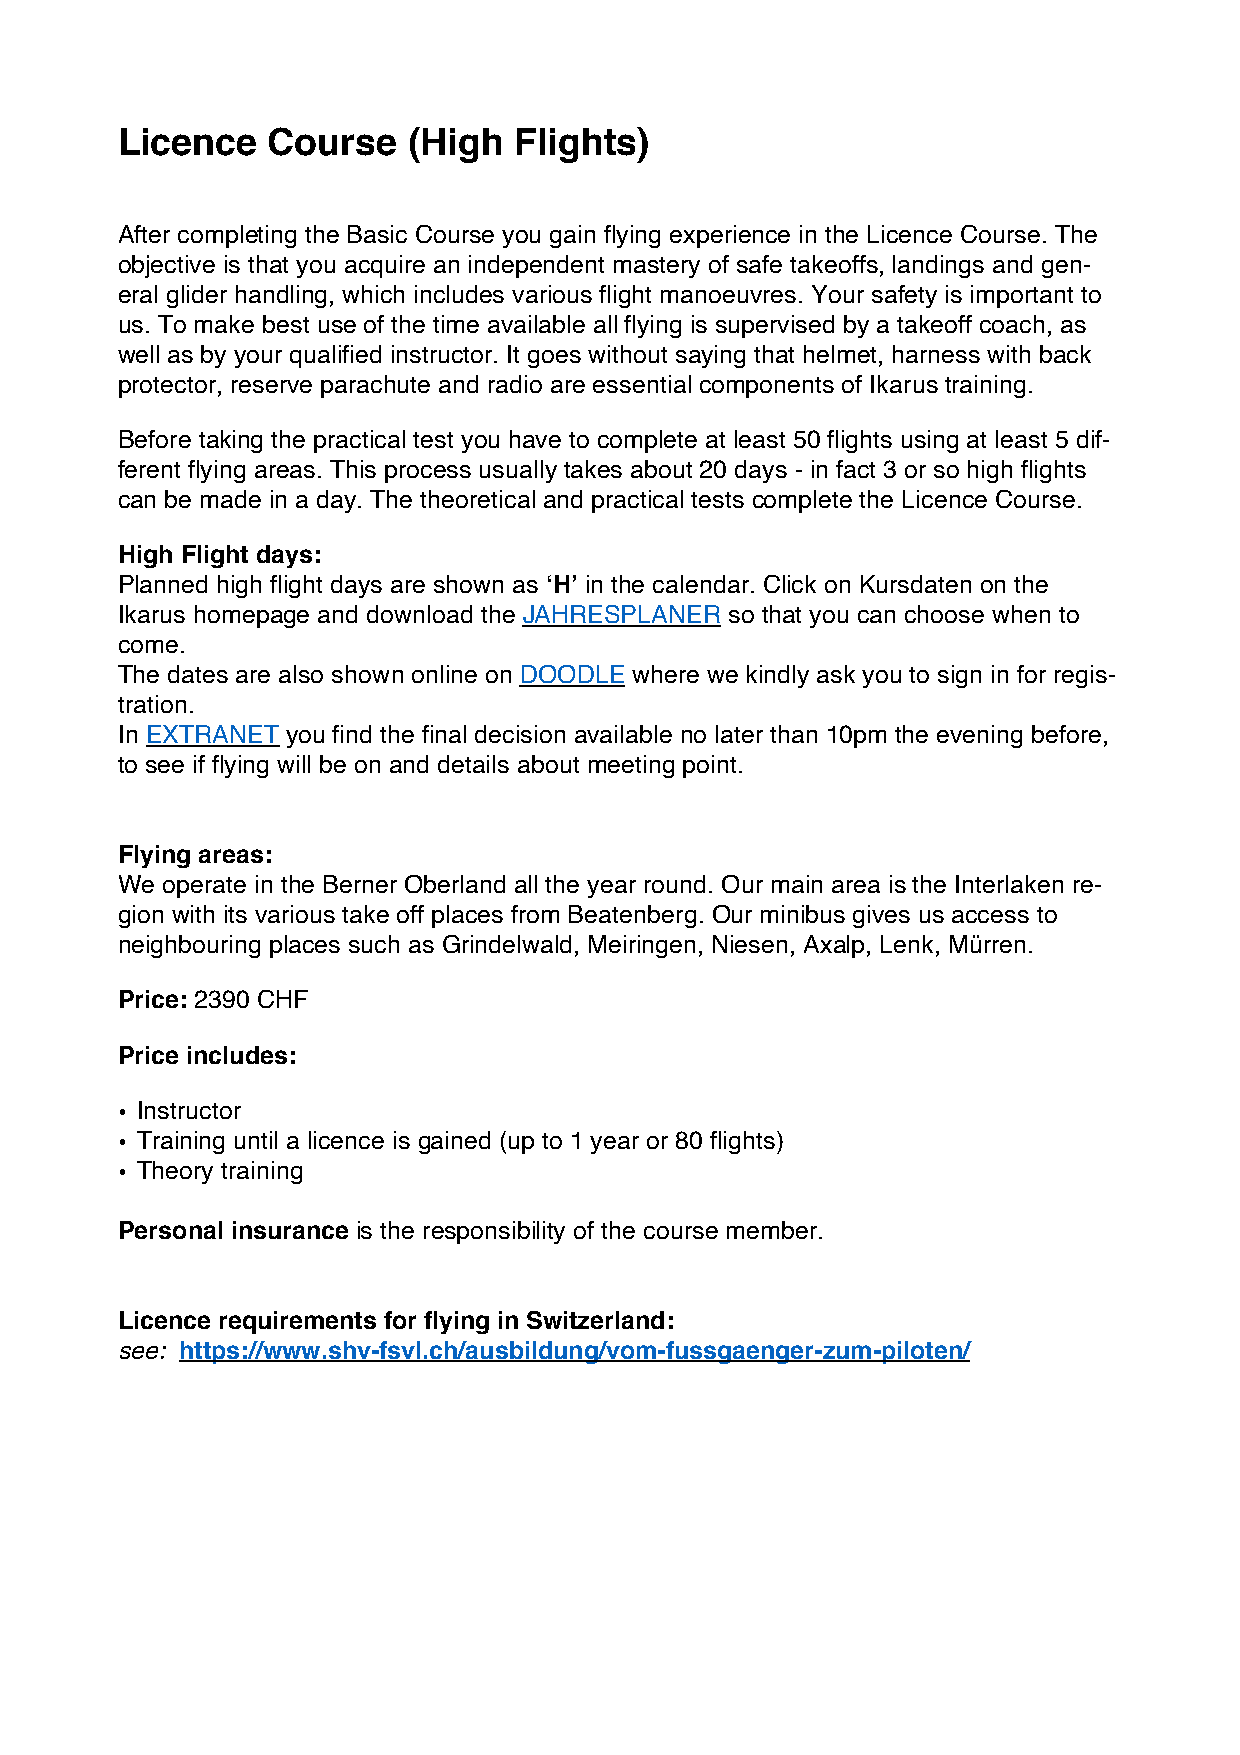
Licence   Course   (High  Flights)
 After completing the Basic Course you gain flying experience in the Licence Course. The
 objective is that you acquire an independent mastery of safe takeoffs, landings and gen-
 eral glider handling, which includes various flight manoeuvres. Your safety is important to
 us. To make best use of the time available all flying is supervised by a takeoff coach, as
 well as by your qualified instructor. It goes without saying that helmet, harness with back
 protector, reserve parachute and radio are essential components of Ikarus training.
 Before taking the practical test you have to complete at least 50 flights using at least 5 dif-
 ferent flying areas. This process usually takes about 20 days - in fact 3 or so high flights
 can be made in a day. The theoretical and practical tests complete the Licence Course.
 High Flight days:
 Planned high flight days are shown as ‘H’ in the calendar. Click on Kursdaten on the
 Ikarus homepage and download the JAHRESPLANER so that you can choose when to
 come.
 The dates are also shown online on DOODLE where we kindly ask you to sign in for regis-
 tration.
 In EXTRANET you find the final decision available no later than 10pm the evening before,
 to see if flying will be on and details about meeting point.
 Flying areas:
 We operate in the Berner Oberland all the year round. Our main area is the Interlaken re-
 gion with its various take off places from Beatenberg. Our minibus gives us access to
 neighbouring places such as Grindelwald, Meiringen, Niesen, Axalp, Lenk, Mürren.
 Price: 2390 CHF
 Price includes:
 • Instructor
 • Training until a licence is gained (up to 1 year or 80 flights)
 • Theory training
 Personal insurance is the responsibility of the course member.
 Licence requirements for flying in Switzerland:
 see: https://www.shv-fsvl.ch/ausbildung/vom-fussgaenger-zum-piloten/